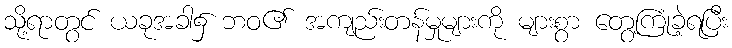
သို့ရာတွင် ယခုအခါ၌ ဘဝ၏ အကျည်းတန်မှုများကို များစွာ တွေ့ကြုံခဲ့ရပြီး